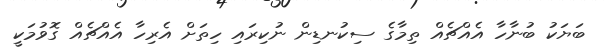
ބަޔަކު ބުނާހާ އެއްޗެއް ތިމާގެ ސިކުނޑިން ނުކިރައި ހިތަށް އެރިހާ އެއްޗެއް ގޮވުމަކީ